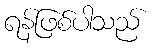
ရန်ဖြစ်ပါသည်